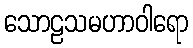
သောဠသမဟာဝါရော